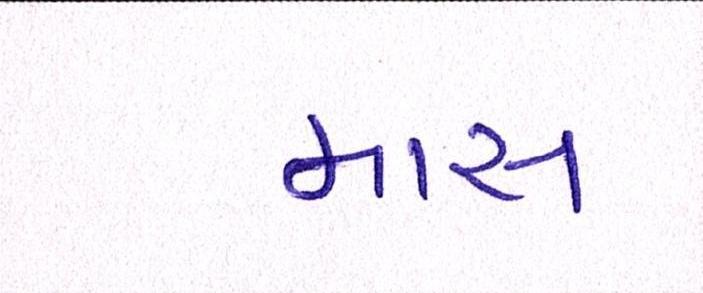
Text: માસ